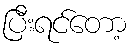
ပြီးရင်တော့